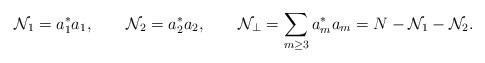
LaTeX: \begin{align*} \mathcal{N}_1= a^*_1 a_1,\qquad\mathcal{N}_2=a^*_2 a_2,\qquad\mathcal{N}_\perp =\sum_{m\ge3} a^*_m a_m= N-\mathcal{N}_1-\mathcal{N}_2.\end{align*}